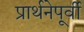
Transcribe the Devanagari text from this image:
प्रार्थनेपूर्वी